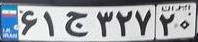
۶۱ج۳۲۷۲۰